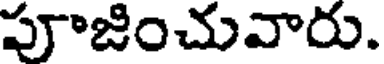
పూజించువారు.